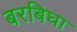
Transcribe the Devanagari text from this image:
बरबिघा